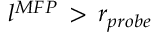
l ^ { M F P } \, > \, r _ { p r o b e }